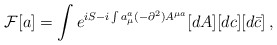
\begin{align*}{\cal F}[a] =\int e^{iS-i\int a_\mu^a(-\partial^2)A^{\mu a}}[dA][dc][d\bar{c}]\,,\end{align*}